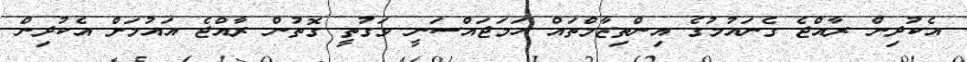
އެކުދިން ރާއްޖެ ގެނައުމުގެ އިންތިޒާމްތައް ހަމަޖައްސަނީ ވަގުތީ ގޮތުން ރާއްޖެ އައުމަށް އެކުދިން